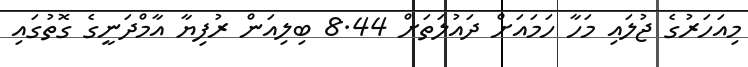
މިއަހަރުގެ ޖުލައި މަހާ ހަމައަށް ދައުލަތަށް 8.44 ބިލިއަން ރުފިޔާ އާމްދަނީގެ ގޮތުގައި